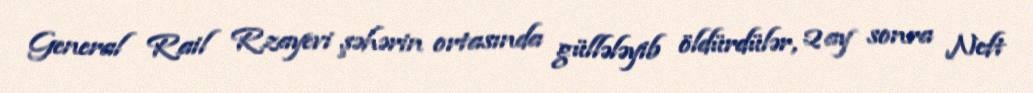
General Rail Rzayevi şəhərin ortasında güllələyib öldürdülər, 2 ay sonra Neft